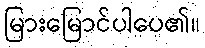
မြားမြောင်ပါပေ၏။